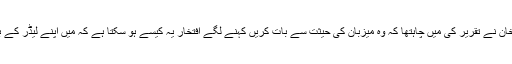
جدہ میں خان نے تقریر کی میں چاہتھا کہ وہ میزبان کی حیثت سے بات کریں کہنے لگے افتخار یہ کیسے ہو سکتا ہے کہ میں اپنے لیڈر کے بعد بولوں۔